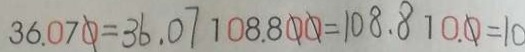
3 6 . 0 7 0 = 3 6 . 0 7 1 0 8 . 8 0 0 = 1 0 8 . 8 1 0 . 0 = 1 0